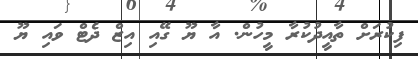
ފިކުރަށް ތާއީދުކުރާ މީހުން. އާ ޔޫ ގޭއި އިޒް ދެޓް ވައި ޔޫ